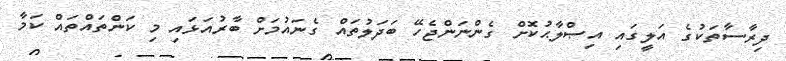
ދިރާސާތަކުގެ އަލީގައި އިޞްލާޙުކޮށް ގެންނަންޖެހޭ ބަދަލުތައް ގެނައުމަށް ބާރުއަޅައި މި ކަންތައްތައް ކަމާ